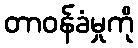
တာဝန်ခံမှုကို